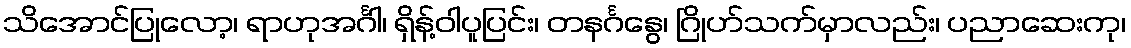
သိအောင်ပြုလော့၊ ရာဟုအင်္ဂါ၊ ရှိန့်ဝါပူပြင်း၊ တနင်္ဂနွေ၊ ဂြိုဟ်သက်မှာလည်း၊ ပညာဆေးကု၊